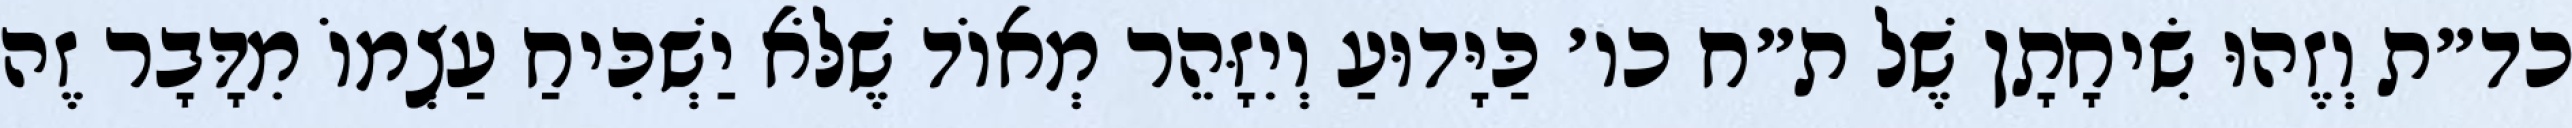
כד״ת וְזֶהוּ שִׂיחָתָן שֶׁל ת״ח כו׳ כַּיָּדוּעַ וְיִזָּהֵר מְאוֹד שֶׁלֹּא יַשְׁכִּיחַ עַצְמוֹ מִדָּבָר זֶה